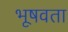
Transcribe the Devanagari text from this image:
भूषवता